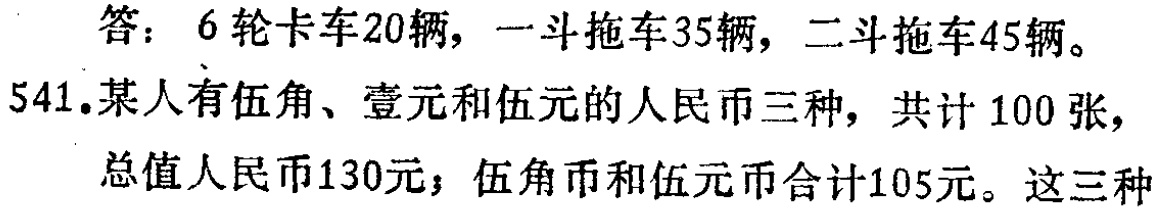
答：6轮卡车20辆，一斗拖车35辆，二斗拖车45辆。

541.某人有伍角、壹元和伍元的人民币三种，共计100张，

总值人民币130元；伍角币和伍元币合计105元。这三种